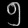
Digit: ၅